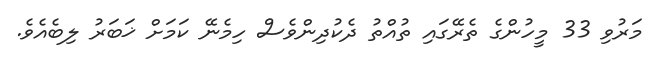
މަރުވި 33 މީހުންގެ ތެރޭގައި ތުއްތު ދެކުދިންވެސް ހިމެނޭ ކަމަށް ޚަބަރު ލިބެއެވެ.